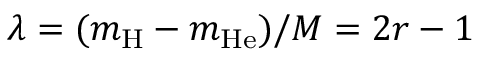
\lambda = ( m _ { \mathrm { H } } - m _ { \mathrm { H e } } ) / M = 2 r - 1